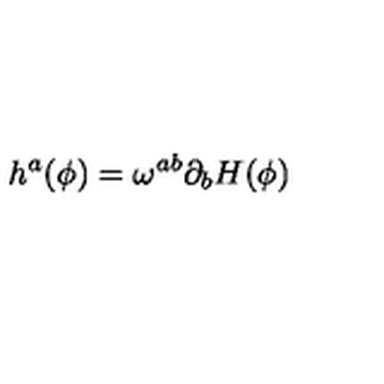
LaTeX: h ^ { a } ( \phi ) = \omega ^ { a b } \partial _ { b } H ( \phi )